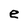
Character: e